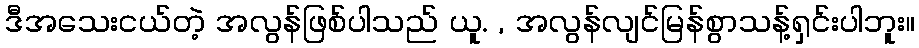
ဒီအသေးငယ်တဲ့ အလွန်ဖြစ်ပါသည် ယူ. , အလွန်လျင်မြန်စွာသန့်ရှင်းပါဘူး။